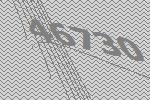
46730